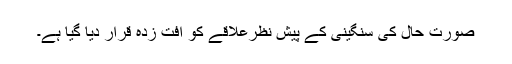
صورت حال کی سنگینی کے پیش نظرعلاقے کو آفت زدہ قرار دیا گیا ہے۔